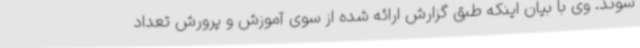
شوند. وی با بیان اینکه طبق گزارش ارائه شده از سوی آموزش و پرورش تعداد